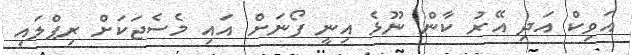
އަވިކް އަދި އޭރު ކާން ނޫޅެ އިނީ ފޯނަށް އައި މެސެޖަކަށް ރިޕްލައި